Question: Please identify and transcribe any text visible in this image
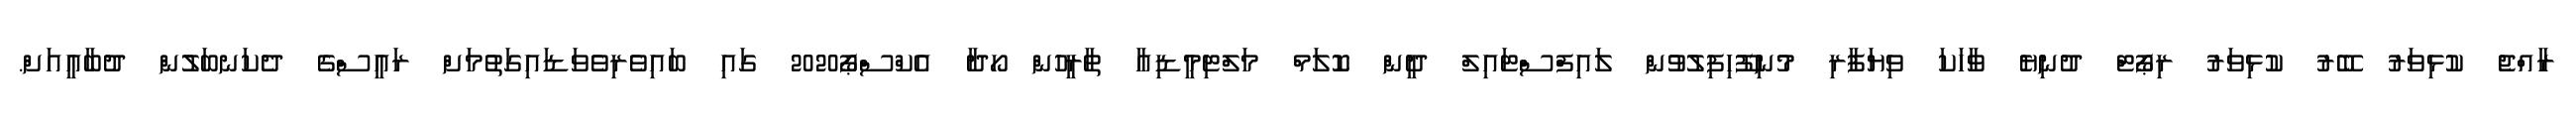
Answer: ރާއްޖެ ކުޅިވަރު ބޭރު ކުޅިވަރު ރިޕޯޓް ދުނިޔެ ވާހަކަ ވިޔަފާރި މުނިފޫހިފިލުވުން ލައިފްސްޓައިލް ދީން ކޮލަމް މަލްޓިމީޑިއާ ތާރީހުން ހޯދާ އެކްސްޕޯ2020 ގައި ބައިވެރިވެވަޑައިގަތުމަށް ރައީސްގެ ދެކަނބަލުން ދުބާއީއަށް.